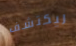
ليكتشف